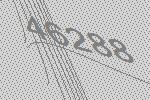
46288